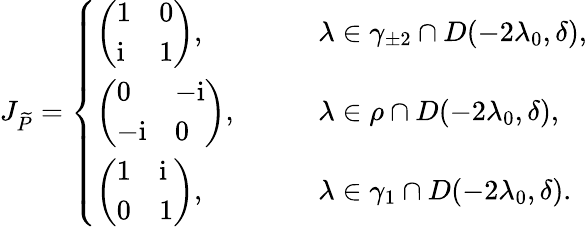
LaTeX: J_{\widetilde{P}}=\left\{ \begin{array}{ll}{\left(\begin{array}{ll}{1}&{0}\\ {\mathrm{i}}&{1}\end{array}\right),}&{\qquad\lambda\in\gamma_{\pm 2}\cap D(-2\lambda_{0},\delta),}\\ {\left(\begin{array}{ll}{0}&{-\mathrm{i}}\\ {-\mathrm{i}}&{0}\end{array}\right),}&{\qquad\lambda\in\rho\cap D(-2\lambda_{0},\delta),}\\ {\left(\begin{array}{ll}{1}&{\mathrm{i}}\\ {0}&{1}\end{array}\right),}&{\qquad\lambda\in\gamma_{1}\cap D(-2\lambda_{0},\delta).}\end{array}\right.